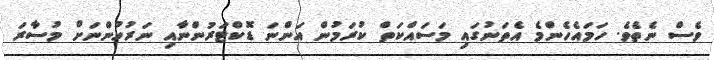
ވެސް ނެތެވެ. ހަމައެހެންމެ އެތަނުގައި މަސައްކަތް ކުރަމުން އަންނަ ޑޮކްޓަރުންނާއި ނަރުހުންނަށް މުސާރަ